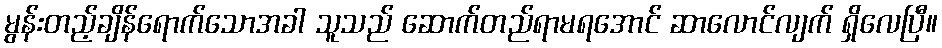
မွန်းတည့်ချိန်ရောက်သောအခါ သူသည် ဆောက်တည်ရာမရအောင် ဆာလောင်လျက် ရှိလေပြီ။